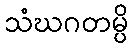
သံဃဂတမ္ပိ